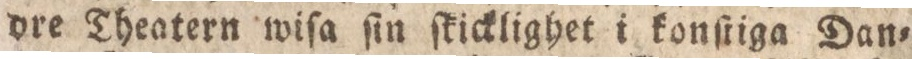
dre Theatern wiſa ſin ſkicklighet i konſtiga Dan=